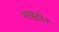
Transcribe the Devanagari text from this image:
नाइट्रोन